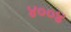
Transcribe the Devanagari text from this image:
४००४